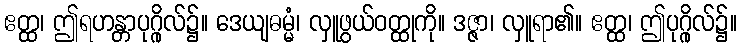
ဧတ္ထ၊ ဤရဟန္တာပုဂ္ဂိုလ်၌။ ဒေယျဓမ္မံ၊ လှူဖွယ်ဝတ္ထုကို။ ဒဇ္ဇာ၊ လှူရာ၏။ ဧတ္ထ၊ ဤပုဂ္ဂိုလ်၌။